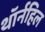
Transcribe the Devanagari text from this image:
थॉर्नहिल